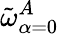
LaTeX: \tilde{\omega}_{\alpha=0}^{A}